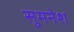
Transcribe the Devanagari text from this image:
सुमनेश